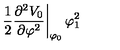
\left. \frac { 1 } { 2 } \frac { \partial ^ { 2 } V _ { 0 } } { \partial \varphi ^ { 2 } } \right| _ { \varphi _ { 0 } } \varphi _ { 1 } ^ { 2 }